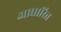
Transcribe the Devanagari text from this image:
आघारित